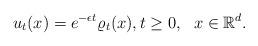
LaTeX: \begin{align*} u_t (x) = e^{-\epsilon t} \varrho_t (x), t\geq 0, \ \ x \in \mathbb{R}^d.\end{align*}